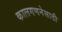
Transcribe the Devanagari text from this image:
कालगणनेसाठी